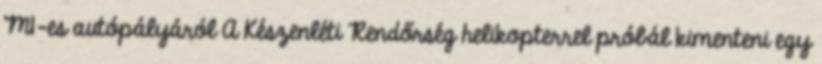
M1-es autópályáról A Készenléti Rendőrség helikopterrel próbál kimenteni egy